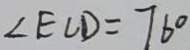
\angle E C D = 7 6 ^ { \circ }